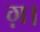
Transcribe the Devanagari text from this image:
ग़।